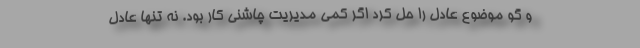
و گو موضوع عادل را حل کرد اگر کمی مدیریت چاشنی کار بود. نه تنها عادل